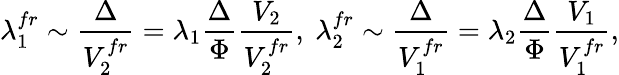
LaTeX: \lambda_{1}^{fr}\sim\frac{\Delta}{V_{2}^{fr}}=\lambda_{1}\frac{\Delta}{\Phi}\frac{V_{2}}{V_{2}^{fr}},\ \lambda_{2}^{fr}\sim\frac{\Delta}{V_{1}^{fr}}=\lambda_{2}\frac{\Delta}{\Phi}\frac{V_{1}}{V_{1}^{fr}},